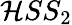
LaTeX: \mathcal{H}SS_{2}